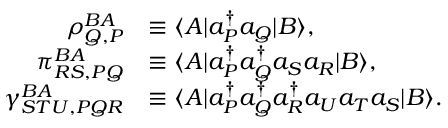
\begin{array} { r l } { \rho _ { Q , P } ^ { B A } } & { \equiv \langle A | a _ { P } ^ { \dagger } a _ { Q } | B \rangle , } \\ { \pi _ { R S , P Q } ^ { B A } } & { \equiv \langle A | a _ { P } ^ { \dagger } a _ { Q } ^ { \dagger } a _ { S } a _ { R } | B \rangle , } \\ { \gamma _ { S T U , P Q R } ^ { B A } } & { \equiv \langle A | a _ { P } ^ { \dagger } a _ { Q } ^ { \dagger } a _ { R } ^ { \dagger } a _ { U } a _ { T } a _ { S } | B \rangle . } \end{array}